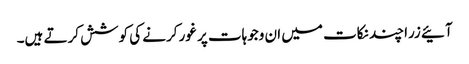
آئیے زرا چند نکات میں ان وجوہات پر غور کرنے کی کوشش کرتے ہیں۔